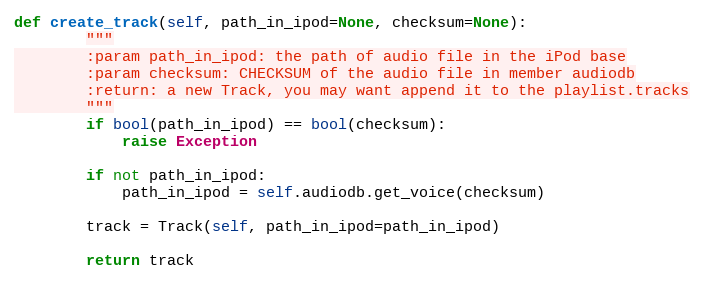
Language: Python
def create_track(self, path_in_ipod=None, checksum=None):
        """
        :param path_in_ipod: the path of audio file in the iPod base
        :param checksum: CHECKSUM of the audio file in member audiodb
        :return: a new Track, you may want append it to the playlist.tracks
        """
        if bool(path_in_ipod) == bool(checksum):
            raise Exception

        if not path_in_ipod:
            path_in_ipod = self.audiodb.get_voice(checksum)

        track = Track(self, path_in_ipod=path_in_ipod)

        return track